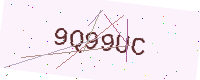
Text: 9Q99UC